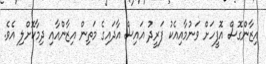
އިޒާންގޮސް އޮފީހަށް ވަނުމާއިއެކު ފަރީދު އައިސް އާދައިގެ މަތިން އިޒާންއާއި ދިމާކޮށްލި އެވެ.